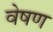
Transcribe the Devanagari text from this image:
वेषण